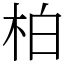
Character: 柏